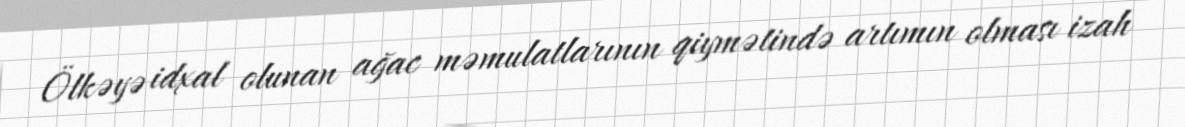
Ölkəyə idxal olunan ağac məmulatlarının qiymətində artımın olması izah